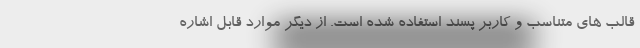
قالب های متناسب و کاربر پسند استفاده شده است. از دیگر موارد قابل اشاره